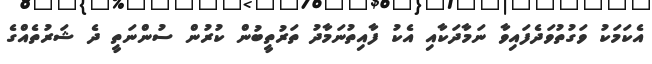
އެކަމަކު ވަގުތުވަދެފައިވާ ނަމާދަކާއި އެކު ފާއިތުނަމާދު ތަރުތީބުން ކުރުން ސުންނަތީ ދެ ޝަރުތެއްގެ